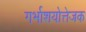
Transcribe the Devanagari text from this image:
गर्भाशयोत्तेजक